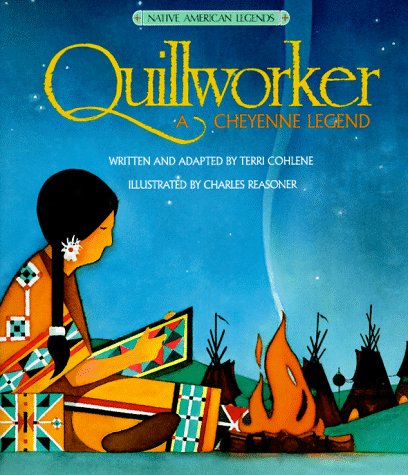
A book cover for Quillworker : A Cheyenne Legend (Native American Legends & Lore); Cohlene; Children's Books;